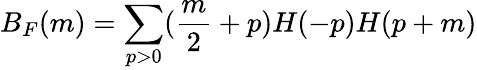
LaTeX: B_{F}(m)=\sum_{p>0}(\frac{m}{2}+p)H(-p)H(p+m)